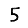
Digit: 5